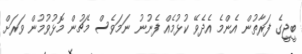
ބީޖީގެ ފަރާތުން އެންމެ އެދެވޭ ކުޅުމެއް ފެނުނު ނަމަވެސް މެޗުން މޮޅުވުމުން ވަރަށް